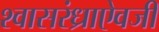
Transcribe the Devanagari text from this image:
श्वासरंध्राऐवजी